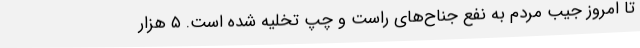
تا امروز جیب مردم به نفع جناح‌های راست و چپ تخلیه شده است. ۵ هزار